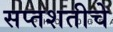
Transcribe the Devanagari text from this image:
सप्तशतीचे